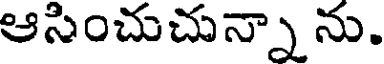
ఆసించుచున్నా ను.